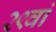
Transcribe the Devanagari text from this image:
२९वां